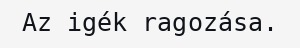
Az igék ragozása.